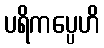
ပရိကပ္ပေဟိ